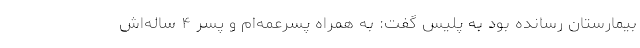
بیمارستان رسانده بود به پلیس گفت: به همراه پسرعمه‌ام و پسر ۴ ساله‌اش